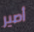
أصير